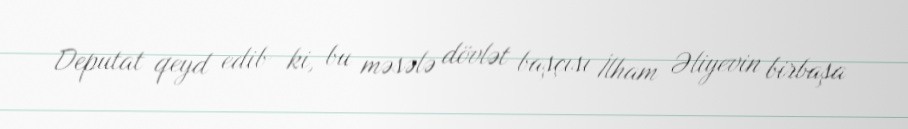
Deputat qeyd edib ki, bu məsələ dövlət başçısı İlham Əliyevin birbaşa